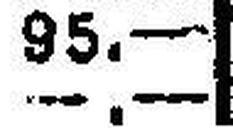
—.—